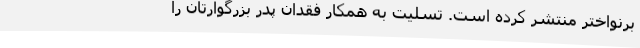
َبَرنواختر منتشر کرده است. تسلیت به همکار فقدان پدر بزرگوارتان را